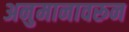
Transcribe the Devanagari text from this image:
अनुमानावरून